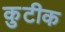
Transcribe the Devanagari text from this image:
कुटीक